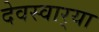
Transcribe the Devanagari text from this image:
देवस्वार्‍या